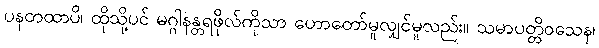
ပနတထာပိ၊ ထိုသို့ပင် မဂ္ဂါနန္တရဖိုလ်ကိုသာ ဟောတော်မူလျှင်မူလည်း။ သမာပတ္တိဝသေန၊